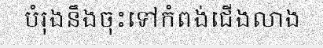
បំរុងនឹងចុះទៅកំពង់ជើងលាង